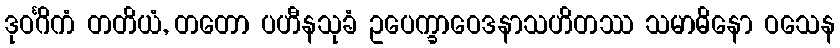
ဒုဝင်္ဂိကံ တတိယံ, တတော ပဟီနသုခံ ဥပေက္ခာဝေဒနာသဟိတဿ သမာဓိနော ဝသေန